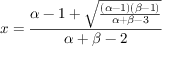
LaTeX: x = { \frac { \alpha - 1 + { \sqrt { \frac { ( \alpha - 1 ) ( \beta - 1 ) } { \alpha + \beta - 3 } } } } { \alpha + \beta - 2 } }